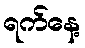
ရက်နေ့